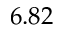
6 . 8 2